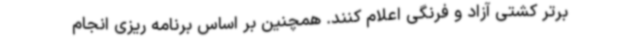
برتر کشتی آزاد و فرنگی اعلام کنند. همچنین بر اساس برنامه ریزی انجام